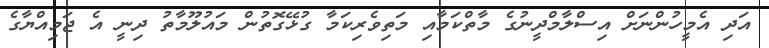
އަދި އެމީހުންނަށް އިސްލާމްދީނުގެ މާތްކަމާއި މަތިވެރިކަމާ ގުޅޭގޮތުން މައުލޫމާތު ދިނީ އެ ޖަމިއްޔާގެ